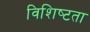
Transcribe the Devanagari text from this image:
विशिष्‍टता